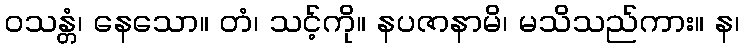
ဝသန္တံ၊ နေသော။ တံ၊ သင့်ကို။ နပဇာနာမိ၊ မသိသည်ကား။ န၊